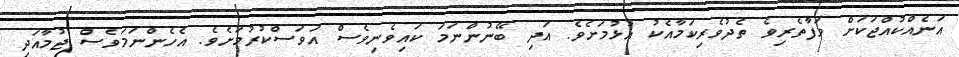
އަނެއްކުއްޖަކަށް ވަފާތެރިވެ ތެދުވެރިކަމާއެކު އުޅުމަށެވެ. އަދި ބޭނުންނަމަ ކައިވެނިވެސް އަވަސްކުރުމަށެވެ. އެހެންނަމަވެސް ޖުމާއަދި